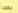
بعصا